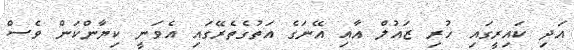
އަދި ކައިރީގައި ހުރި ޒައުލް އާއި އޭނަގެ އަތުގެތެރޭގައި އެވަނީ ކިޔާންކަން ވެސް